Cholera in India, 1862 to 1881
Year: 1862
Disease focus: Cholera
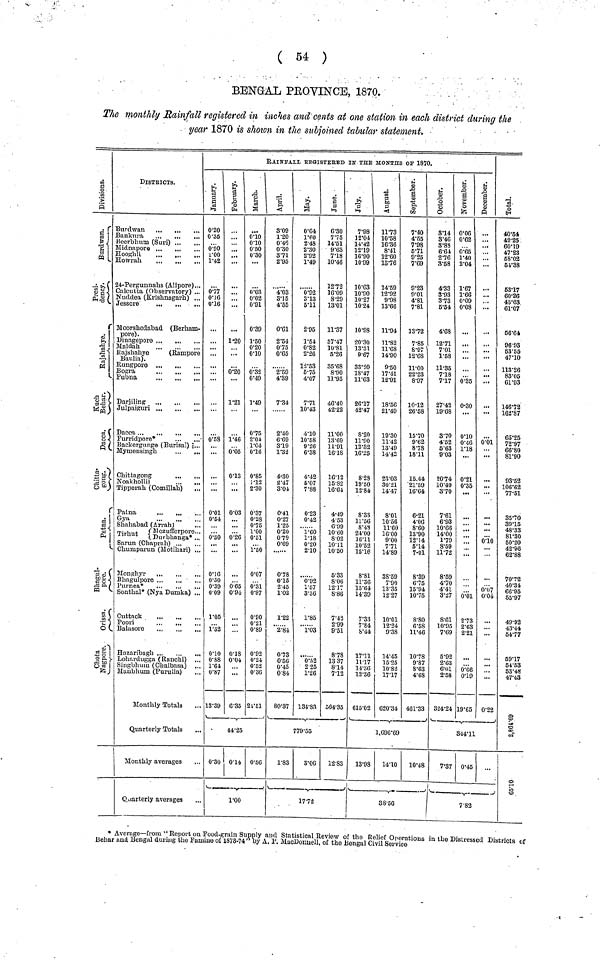
( 54 )
BENGAL PROVINCE, 1870.
The monthly Rainfall registered in inches and cents at one station in each district during the
year 1870 is shown in the subjoined tabular statement.
Divisions.
Burdwan.
Presidency.
Rajshahye..
Kuch Behar.
Dacca.
Chittagong.
Patna.
Bhagulpore.
Orissa.
Chota Nagpore.
DlSTRICTS.
Burdwan
...
...
...
Bankura
,
...
Beerbhum (Suri)
Midnapore ...
...
...
Hooghli
...
,
Howah
Calcutta (Observatory) ...
Nuddea (Krishnagarh) .,,
Jessore
Moorshedabad (Berham-
pore) .
Maldah
Kajshahye
(Rampore
Baulia).
Darjiling
...
Furridpore*
Backergunge (Burisal) 5...
Mymensingh
Chittagong
Noakholli
...
...
Tipperah (Comillah)
...
Patna
...
...
Gya
Shahabad (Arrah)
Mozufferpore..
Tirhut
Durbhanga*..
Chumparun (Motihari) ..
:
Monghyr
...
...
..
Bhagulpore ...
...
.
Purnea*
...
...
..
Sonthal* (Nya Dumka) ..
Cuttack
. Balasore
Hazaribagh
Lohardugga (Ranchi) ...
Singbhum (Chaibasa) ...
Manbhum (Purulia)
Monthly Totals
Quarterly Totals
Monthly averages
Quarterly averages
RAINFALL REGISTERED IN THE MONTHS OF 1870.
January.
0·20
0·35
0·90
1·00
1·42
0·77
0·16
0·16
...
0·58
...
...
...
0·01
0·54
0·30
...
0·
0·50
0·39
0·09
1·05
1·32
0·10
0·88
1·64
0·87
13·39
February.
...
1·20
...
0·20
1·21
1·46
0·05
0·13
...
0·03
0·26
0·65
0·94
0·18
0·04
6·35
March.
0·10
0·10
0·50
0·30
0·03
0·02
0·91
0·39
1·50
0·20
0·10
0·32
0·49
1·49
0·75
2·04.
1·04
0·16e
0·85
1·12
2·30
0·37
0·28
0·75
1·00
0·51
1·50
0·07
0 ·31
0·97
0·90
0·21
0·89
0·92
0·24
0·52
0·36
24·51
44·25
0·30
0·14
0·56
1·00
i
8·09
1·20
0·46
0·30
3·71
2·95
4·03
3·15
4·55
0·61
2·54
0·75
·65
2·59
4·39
7·34
2·40
6·69
3·19
1·32
4-30
2·47
3·04
0·41
0·27
1·25
0·20
0·79
0·69
0·78
0·15
2·45
1·02
1·22
2·84
0·73
0·56
0·45
0·84
80·37
May.
0·64
1·60
2·48
2·30
2·92
1·49
0·92
3·13
5·11
2·95
1·54t
0·82
2·26
12·53
6·75
4·07
7·71
10·43
4·10
10·58
9·26
6·38
4·42
5·07
7·88
0·23
0·42
1·60
1·18
0·20
2·10
0·92
1·57
3·30
1·85
1·03
0·532
2·25
1·26
134·83
June.
6·30
7·75
14·51
9·63
7·18
10·46
12·72
16·09
8·29
13·01
11·37
37·47
10·81
5·26
35·68
8·90
11·95
46·40
42·22
11·00
13·69
11·91
16·18
16·12
15·82
16·64
4-49
4·53
6·99
10·60
8·02
10· 11
10·50
5·33
8·06
12·17
8·86
7·42
2·99
9·51
8·78
13 37
8·14
7·12
564·35
779·55
1·83
3·06
12·83
1772
July.
7·98
12·04
14·42
12·19
16·90
10·99
10·3
10·90
10·27
10·24
10·93
20·30
13·31
9·67
33·20
18·47
11·63
26·17
42·47
8·20
11·90
12·32
16·25
8·28
19·50
12·84
8·33
11·56
8·43
24·00
16·11
10·52
15·16
8·81
11·36
15·64
14·39
733
7·84
8·44
17·11
11·17
14·36
12·36
61502
August.
11·73
10·58
16·38
8·41
12·60
13·76
14··59
12·92
9·98
13·66
11·94
11·82
11·68
14·90
9·50
17·41
12·91
18·56
21·49
19·30
11·42
13·49
14·42
23·03
30·21
14·47
8·01
10·56
11·60
16·00
9·00
7·71
14·89
38·59
7·9
13·35
12·2
10·01
12·24
9·38
14·45
15·25
10·82
17·17
620·34
September.
7·40
4·55
7·98
5·71
9·25
7·69
9·23
9·01
4·81
7·81
13·72
7·85
8·97
12·68
11·00
22·23
8·97
10-12
26·58
15·70
9·62
8·78
18·11
15.44
21·59
16·64
6-21
4·00
8·60
13·90
12·14
6·14
7·01
8·39
6·75
15·94
10·75
8·80
6·58
11·46
10·78
9-87
8·63
468
461·33
1,696·69
13·98 14·10
10·48
38·50
October.
8·14
3·46
3·88
6·61
2·76
3·58
4·33
3-93
3-73
5-54
4·68
12·71
7·01
1·58
11·35
7·18
7·17
27·42
19·68
3·70
4·52
6·63
9·03
20·74
10·49
3·70
7·61
6·93
10·6
14·0
1·70
8·59
11·72
8-5
4-7
4·41
3·27
8·61
10·95
7·69
5·92
2·36
6·011
2·85
324·24
November.
0.06
0.62
0.65
1.40
2.04
1.67
1.66
0.09
0·08
...
...
0·35
0-30
0·10
0·46
1·18
...
0·21
0·35
. . .
...
...
...
0·01
2·73
2·63
2·21
0·66
0·10
19·65
December.
,.
,.
...
...
...
...
...
...
...
...
...
0·01
...
...
...
...
...
0·10
0·07
0·04
...
0·22
844·11
7·37 0·45
7·82
Total.
40·54
42·25
60·19
47·23
58·02
54·38
63·17
60·26
43·63
61·07
56·64,
96·93
53·55
47·10
113"26
83·05
61·93
146·72
162 ·87
65 ·25
72·97
66·80
81·90
93·52
106·62
77·51
35·70
39·15
48·33
81·30
50·20
42·56
62·88
7072
40 ·31
66·95
55·97
49·92
43·44
54·77
59·17
54·53
53·48
47·43
2,861·566
0
* Average—from "Report on Food-grain Supply and Statistical Review of the Relief Operations in the Distressed Districts of
Behar and Bengal during the Famine of 1878-74 " by A. P. MacDonnell, of the Bengal Civil Service